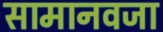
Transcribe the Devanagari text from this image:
सामानवजा